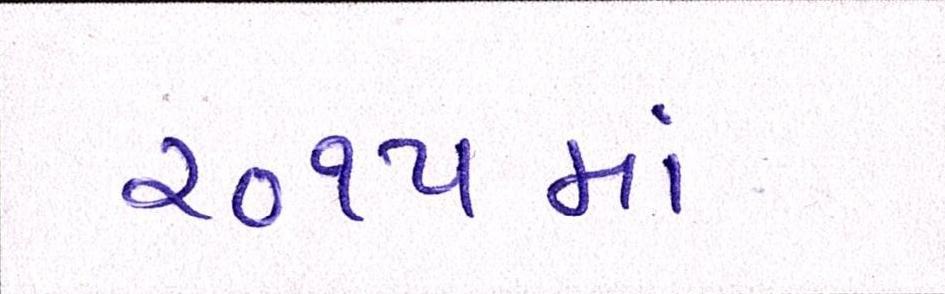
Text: ૨૦૧૫માં